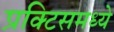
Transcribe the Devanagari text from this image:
प्रक्टिसमध्ये